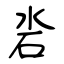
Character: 沯